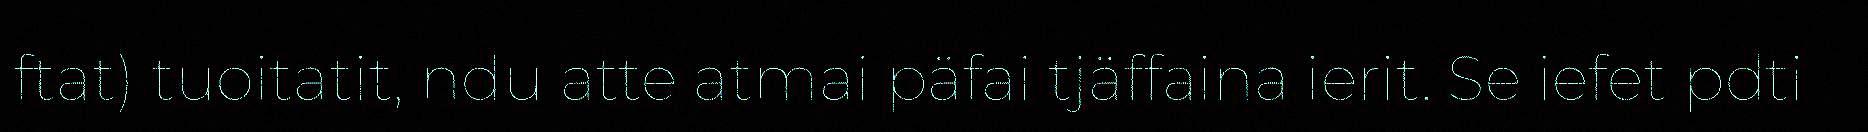
ftat) tuoitatit, ndu atte atmai päfai tjäffaina ierit. Se iefet pdti